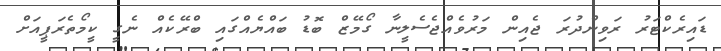
ޑައިރެކްޓަރު ރަވިންދުރަ ޖެއިން މަރުވެއްޖެސެލީނާ ގޯމޭޒް ބޮޑު ބައްޔެއްގައި ބްރޭކެއް ނެގީ ކީމޯތެރަޕީއަށް